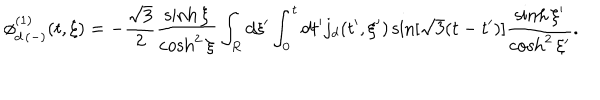
\phi _ { d \, ( - ) } ^ { ( 1 ) } ( t , \xi ) = - \frac { \sqrt { 3 } } { 2 } \frac { \sinh \xi } { \cosh ^ { 2 } \xi } \int _ { R } d \xi ^ { \prime } \int _ { 0 } ^ { t } d t ^ { \prime } j _ { d } ( t ^ { \prime } , \xi ^ { \prime } ) \sin [ \sqrt { 3 } ( t - t ^ { \prime } ) ] \frac { \sinh \xi ^ { \prime } } { \cosh ^ { 2 } \xi ^ { \prime } } .